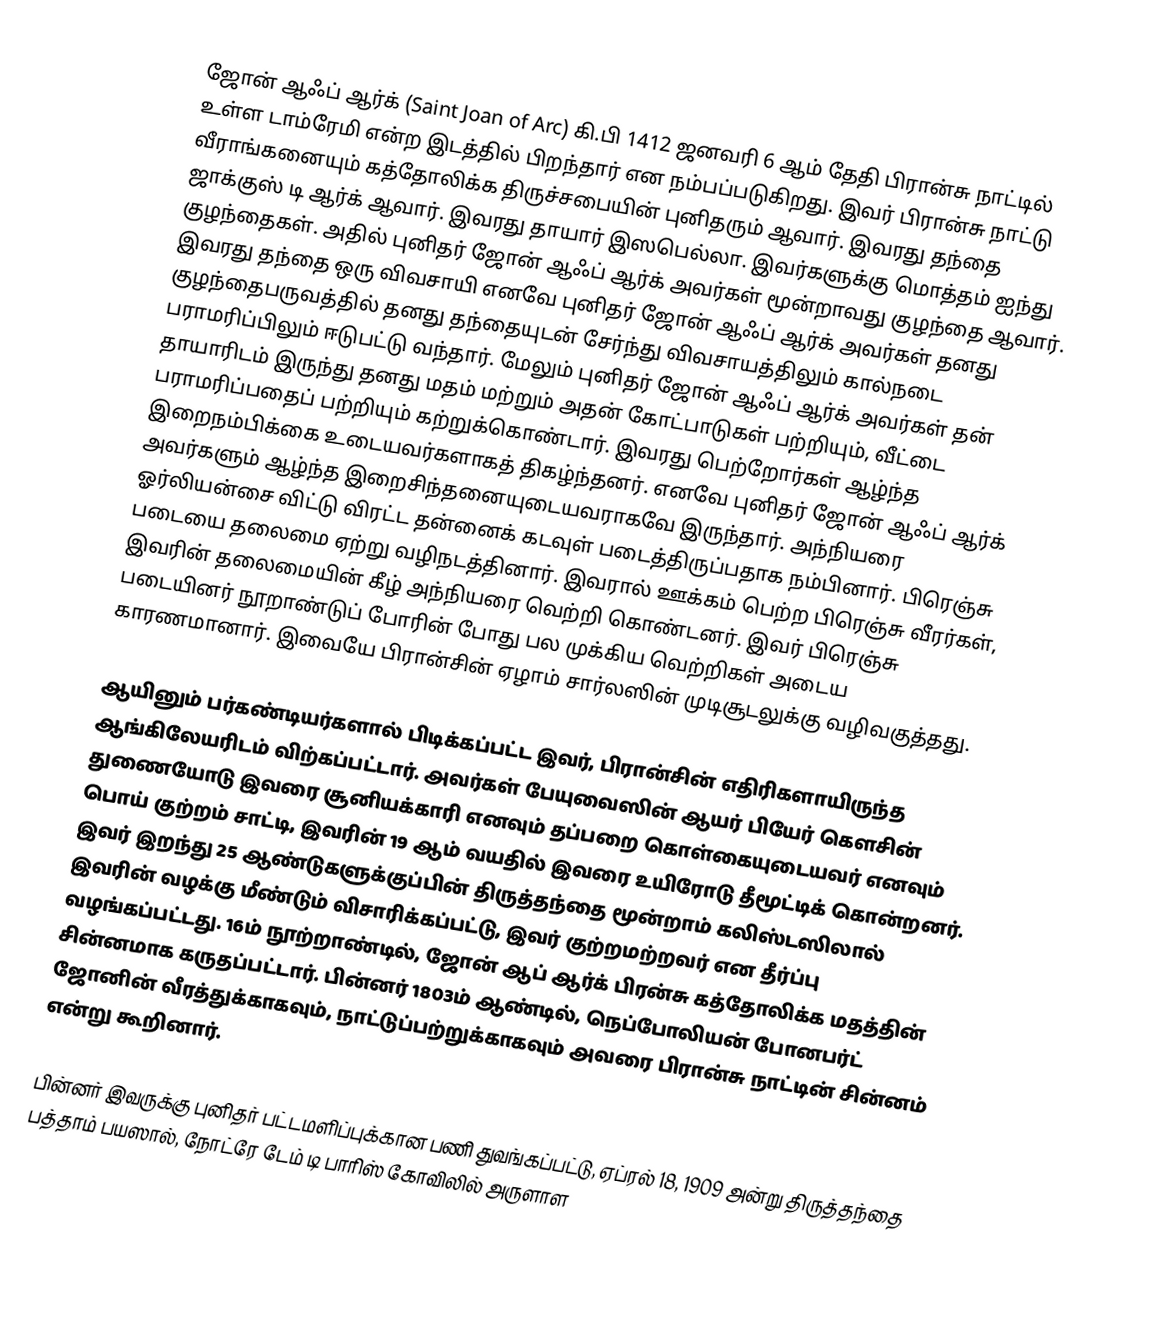
ஜோன் ஆஃப் ஆர்க் (Saint Joan of Arc) கி.பி 1412 ஜனவரி 6 ஆம் தேதி  பிரான்சு நாட்டில் உள்ள டாம்ரேமி என்ற இடத்தில் பிறந்தார் என நம்பப்படுகிறது. இவர் பிரான்சு நாட்டு வீராங்கனையும் கத்தோலிக்க திருச்சபையின் புனிதரும் ஆவார். இவரது தந்தை ஜாக்குஸ் டி ஆர்க் ஆவார். இவரது தாயார் இஸபெல்லா. இவர்களுக்கு மொத்தம் ஐந்து குழந்தைகள். அதில் புனிதர் ஜோன் ஆஃப் ஆர்க் அவர்கள் மூன்றாவது குழந்தை ஆவார். இவரது தந்தை ஒரு விவசாயி எனவே புனிதர் ஜோன் ஆஃப் ஆர்க் அவர்கள் தனது குழந்தைபருவத்தில் தனது தந்தையுடன் சேர்ந்து விவசாயத்திலும் கால்நடை பராமரிப்பிலும் ஈடுபட்டு வந்தார். மேலும் புனிதர் ஜோன் ஆஃப் ஆர்க் அவர்கள் தன் தாயாரிடம் இருந்து தனது மதம் மற்றும் அதன் கோட்பாடுகள் பற்றியும், வீட்டை பராமரிப்பதைப் பற்றியும் கற்றுக்கொண்டார். இவரது பெற்றோர்கள் ஆழ்ந்த இறைநம்பிக்கை உடையவர்களாகத் திகழ்ந்தனர். எனவே புனிதர் ஜோன் ஆஃப் ஆர்க் அவர்களும் ஆழ்ந்த இறைசிந்தனையுடையவராகவே இருந்தார். அந்நியரை ஓர்லியன்சை விட்டு விரட்ட தன்னைக் கடவுள் படைத்திருப்பதாக நம்பினார். பிரெஞ்சு படையை தலைமை ஏற்று வழிநடத்தினார். இவரால் ஊக்கம் பெற்ற பிரெஞ்சு வீரர்கள், இவரின் தலைமையின் கீழ் அந்நியரை வெற்றி கொண்டனர். இவர் பிரெஞ்சு படையினர் நூறாண்டுப் போரின் போது பல முக்கிய வெற்றிகள் அடைய காரணமானார். இவையே பிரான்சின் ஏழாம் சார்லஸின் முடிசூடலுக்கு வழிவகுத்தது.

ஆயினும் பர்கண்டியர்களால் பிடிக்கப்பட்ட இவர், பிரான்சின் எதிரிகளாயிருந்த ஆங்கிலேயரிடம் விற்கப்பட்டார். அவர்கள் பேயுவைஸின் ஆயர் பியேர் கெளசின் துணையோடு இவரை சூனியக்காரி எனவும் தப்பறை கொள்கையுடையவர் எனவும் பொய் குற்றம் சாட்டி, இவரின் 19 ஆம் வயதில் இவரை உயிரோடு தீமூட்டிக் கொன்றனர். இவர் இறந்து 25 ஆண்டுகளுக்குப்பின் திருத்தந்தை மூன்றாம் கலிஸ்டஸிலால் இவரின் வழக்கு மீண்டும் விசாரிக்கப்பட்டு, இவர் குற்றமற்றவர் என தீர்ப்பு வழங்கப்பட்டது. 16ம் நூற்றாண்டில், ஜோன் ஆப் ஆர்க் பிரன்சு கத்தோலிக்க மதத்தின் சின்னமாக கருதப்பட்டார். பின்னர் 1803ம் ஆண்டில், நெப்போலியன் போனபர்ட் ஜோனின் வீரத்துக்காகவும், நாட்டுப்பற்றுக்காகவும் அவரை பிரான்சு நாட்டின் சின்னம் என்று கூறினார்.

பின்னர் இவருக்கு புனிதர் பட்டமளிப்புக்கான பணி துவங்கப்பட்டு, ஏப்ரல் 18, 1909 அன்று திருத்தந்தை பத்தாம் பயஸால், நோட்ரே டேம் டி பாரிஸ் கோவிலில் அருளாள